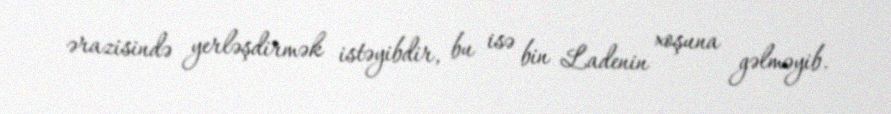
ərazisində yerləşdirmək istəyibdir, bu isə bin Ladenin xoşuna gəlməyib.